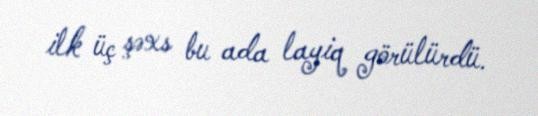
ilk üç şəxs bu ada layiq görülürdü.